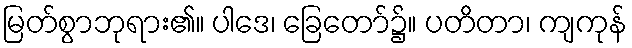
မြတ်စွာဘုရား၏။ ပါဒေ၊ ခြေတော်၌။ ပတိတာ၊ ကျကုန်